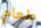
طعام